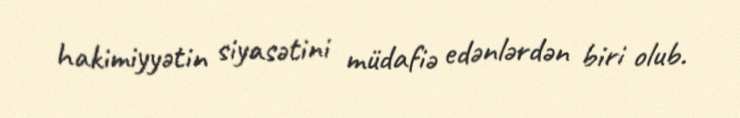
hakimiyyətin siyasətini müdafiə edənlərdən biri olub.